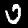
Digit: 0